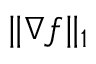
\| \nabla f \| _ { 1 }